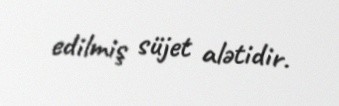
edilmiş süjet alətidir.